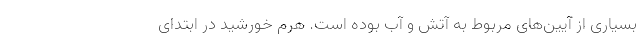
بسیاری از آیین‌های مربوط به آتش و آب بوده است. هرم خورشید در ابتدای